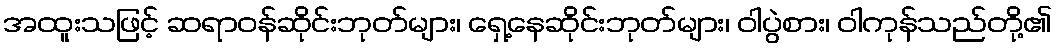
အထူးသဖြင့် ဆရာဝန်ဆိုင်းဘုတ်များ၊ ရှေ့နေဆိုင်းဘုတ်များ၊ ဝါပွဲစား၊ ဝါကုန်သည်တို့၏